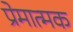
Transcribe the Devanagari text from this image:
प्रेमात्मक